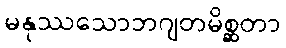
မနုဿသောဘဂျတမိစ္ဆတာ